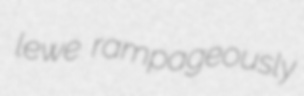
lewe rampageously